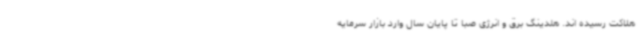
هلاکت رسیده اند. هلدینگ برق و انرژی صبا تا پایان سال وارد بازار سرمایه